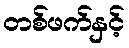
တစ်ဖက်နှင့်